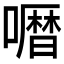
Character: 𱕅